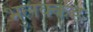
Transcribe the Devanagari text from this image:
भुलक्कड